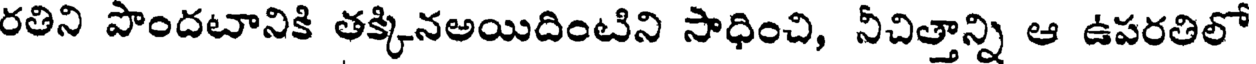
రతిని పొందటానికి తక్కినఅయిదింటిని సాధించి, నీచిత్తాన్ని ఆ ఉపరతిలో